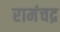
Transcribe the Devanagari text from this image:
रामंचद्र